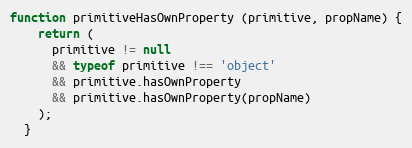
Language: JavaScript
function primitiveHasOwnProperty (primitive, propName) {
    return (
      primitive != null
      && typeof primitive !== 'object'
      && primitive.hasOwnProperty
      && primitive.hasOwnProperty(propName)
    );
  }